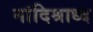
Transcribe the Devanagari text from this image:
नांदिश्राध्द